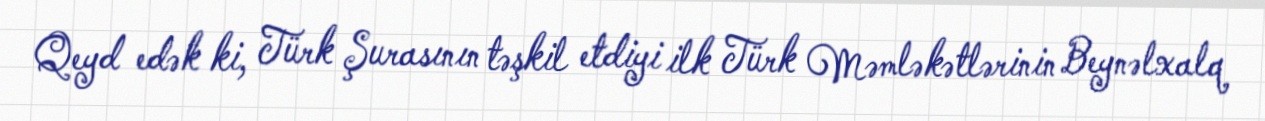
Qeyd edək ki, Türk Şurasının təşkil etdiyi ilk Türk Məmləkətlərinin Beynəlxalq